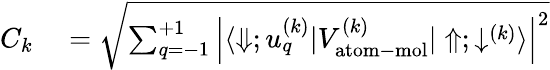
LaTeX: \begin{array}{rl}{C_{k}}&{{}=\sqrt{\sum_{q=-1}^{+1}\left|\langle\Downarrow;u_{q}^{(k)}|V_{\mathrm{atom-mol}}^{(k)}|\Uparrow;\downarrow^{(k)}\rangle\right|^{2}}}\end{array}